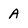
Character: A